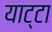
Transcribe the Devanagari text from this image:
याट्टा